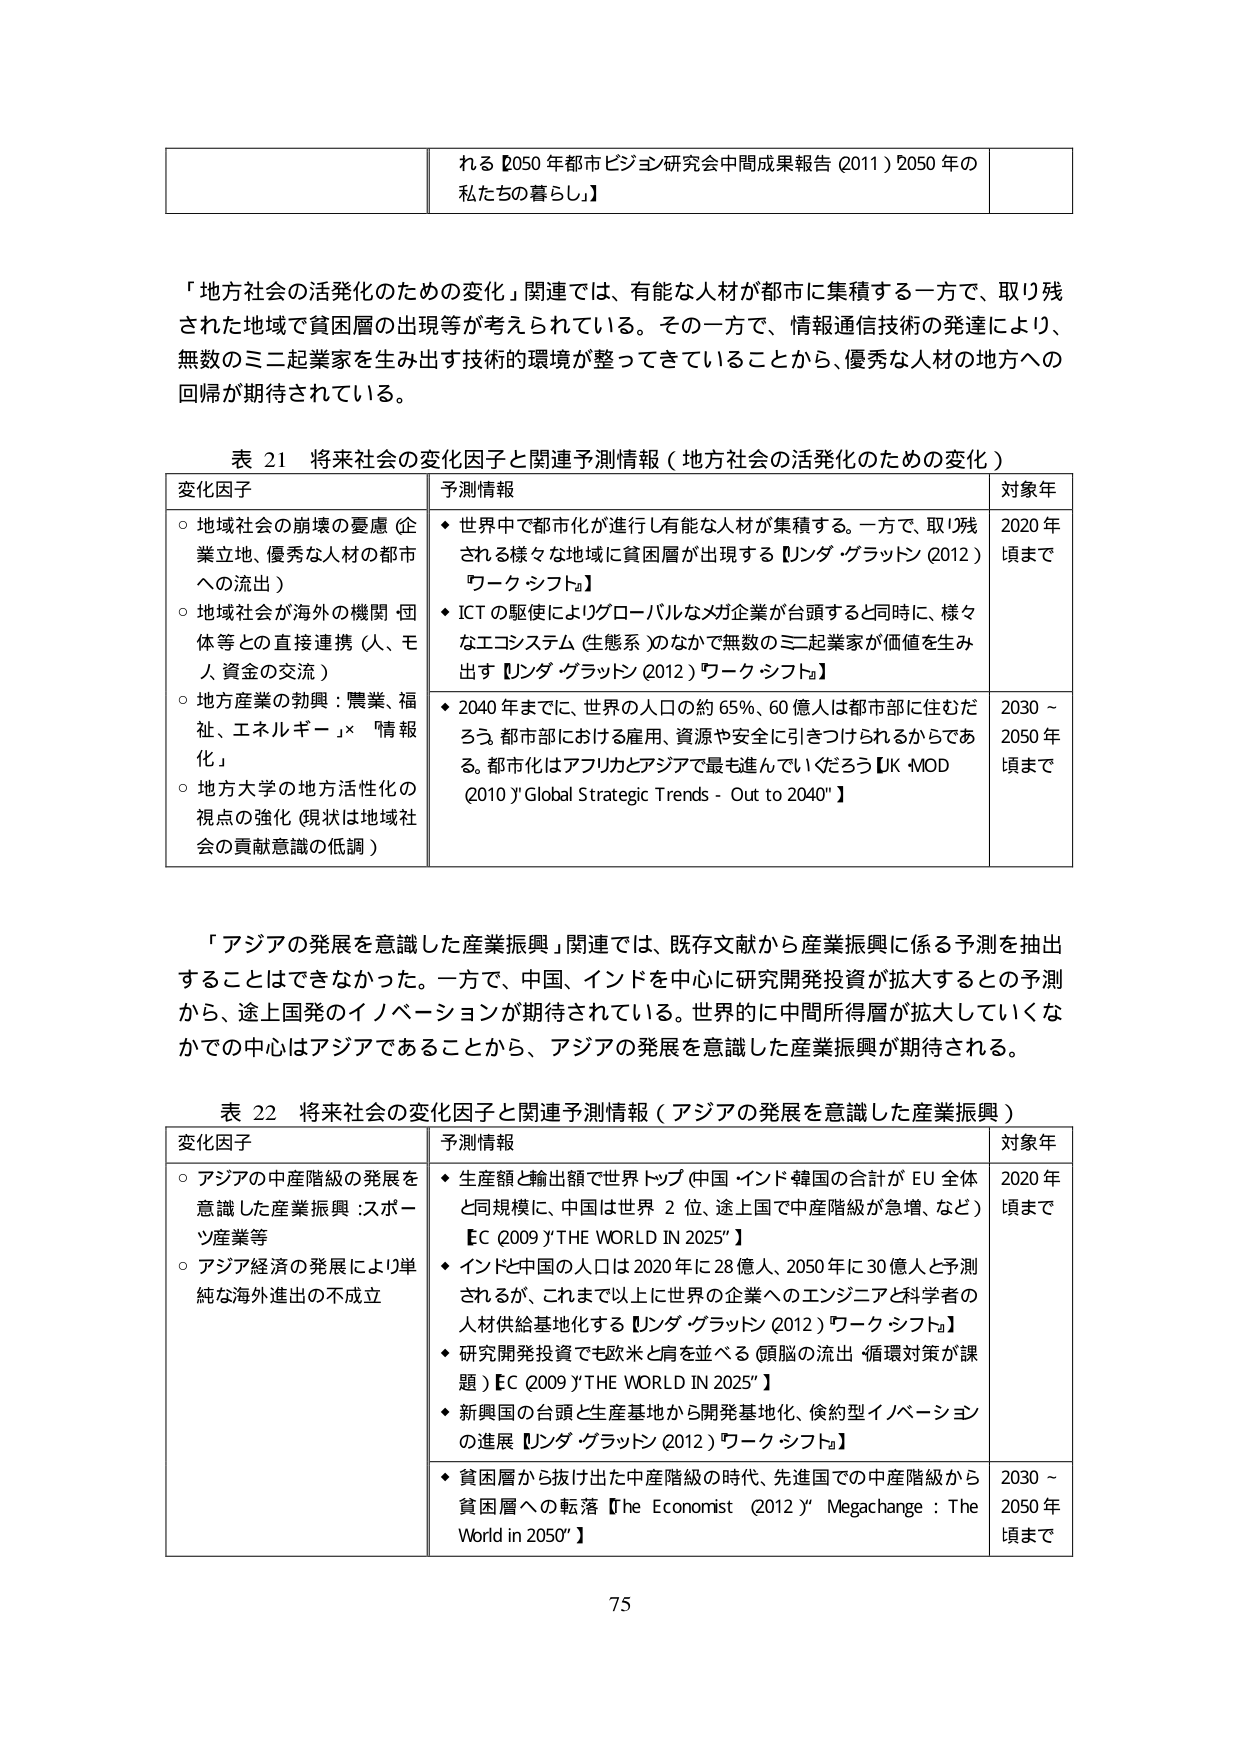
れる 2050 年都市ビジョン研究会中間成果報告 (2011) 2050 年の
私たちの暮らし】

「地方社会の活発化のための変化」関連では、有能な人材が都市に集積する一方で、取り残
された地域で貧困層の出現等が考えられている。その一方で、情報通信技術の発達により、
無数のミニ起業家を生み出す技術的環境が整ってきていることから、優秀な人材の地方への
回帰が期待されている。

表 21 将来社会の変化因子と関連予測情報（地方社会の活発化のための変化）
変化因子 予測情報 対象年
○ 地域社会の崩壊の憂慮（企業立地、優秀な人材の都市への流出）
○ 地域社会が海外の機関・団体等との直接連携（人、モノ、資金の交流）
○ 地方産業の勃興：農業、福祉、エネルギー」×「情報化」
○ 地方大学の地方活性化の視点の強化（現状は地域社会の貢献意識の低調）
◆ 世界中で都市化が進行し有能な人材が集積する。一方で、取り残される様々な地域に貧困層が出現する【インダ・グラットン (2012) ワーク・シフト】
◆ ICT の駆使によりグローバルなメガ企業が台頭すると同時に、様々なエコシステム（生態系）のなかで無数のミニ起業家が価値を生み出す【インダ・グラットン (2012) ワーク・シフト】
2020 年頃まで
◆ 2040 年までに、世界の人口の約 65%、60 億人は都市部に住むだろう。都市部における雇用、資源や安全に引きつけられるからである。都市化はアフリカとアジアで最も進んでいくだろう【UK MOD (2010) "Global Strategic Trends - Out to 2040"】
2030 ～ 2050 年頃まで

「アジアの発展を意識した産業振興」関連では、既存文献から産業振興に係る予測を抽出することはできなかった。一方で、中国、インドを中心に研究開発投資が拡大するとの予測から、途上国発のイノベーションが期待されている。世界的に中間所得層が拡大していくなかでの中心はアジアであることから、アジアの発展を意識した産業振興が期待される。

表 22 将来社会の変化因子と関連予測情報（アジアの発展を意識した産業振興）
変化因子 予測情報 対象年
○ アジアの中産階級の発展を意識した産業振興：スポーツ産業等
○ アジア経済の発展により単純な海外進出の不成立
◆ 生産額と輸出額で世界トップ（中国・インド・韓国の合計が EU 全体と同規模に、中国は世界 2 位、途上国で中産階級が急増、など）【EC (2009) "THE WORLD IN 2025"】
◆ インドと中国の人口は 2020 年に 28 億人、2050 年に 30 億人と予測されるが、これまで以上に世界の企業へのエンジニアと科学者の人材供給基地化する【インダ・グラットン (2012) ワーク・シフト】
◆ 研究開発投資でも欧米と肩を並べる（頭脳の流出・循環対策が課題）【EC (2009) "THE WORLD IN 2025"】
◆ 新興国の台頭と生産基地から開発基地化、倹約型イノベーションの進展【インダ・グラットン (2012) ワーク・シフト】
2020 年頃まで
◆ 貧困層から抜け出した中産階級の時代、先進国での中産階級から貧困層への転落【The Economist (2012) "Megachange : The World in 2050"】
2030 ～ 2050 年頃まで

75